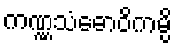
ကဏ္ဏသံဓောဝိကမ္ပိ